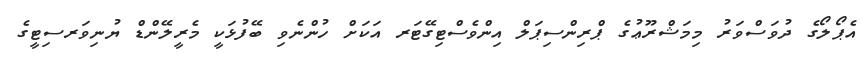
އެޕޯލޯގެ ދުވަސްވަރު މިމަޝްރޫޢުގެ ޕްރިންސިޕަލް އިންވެސްޓިގޭޓަރ އަކަށް ހުންނެވި ބޭފުޅަކީ މެރީލޭންޑް ޔުނިވަރސިޓީގެ